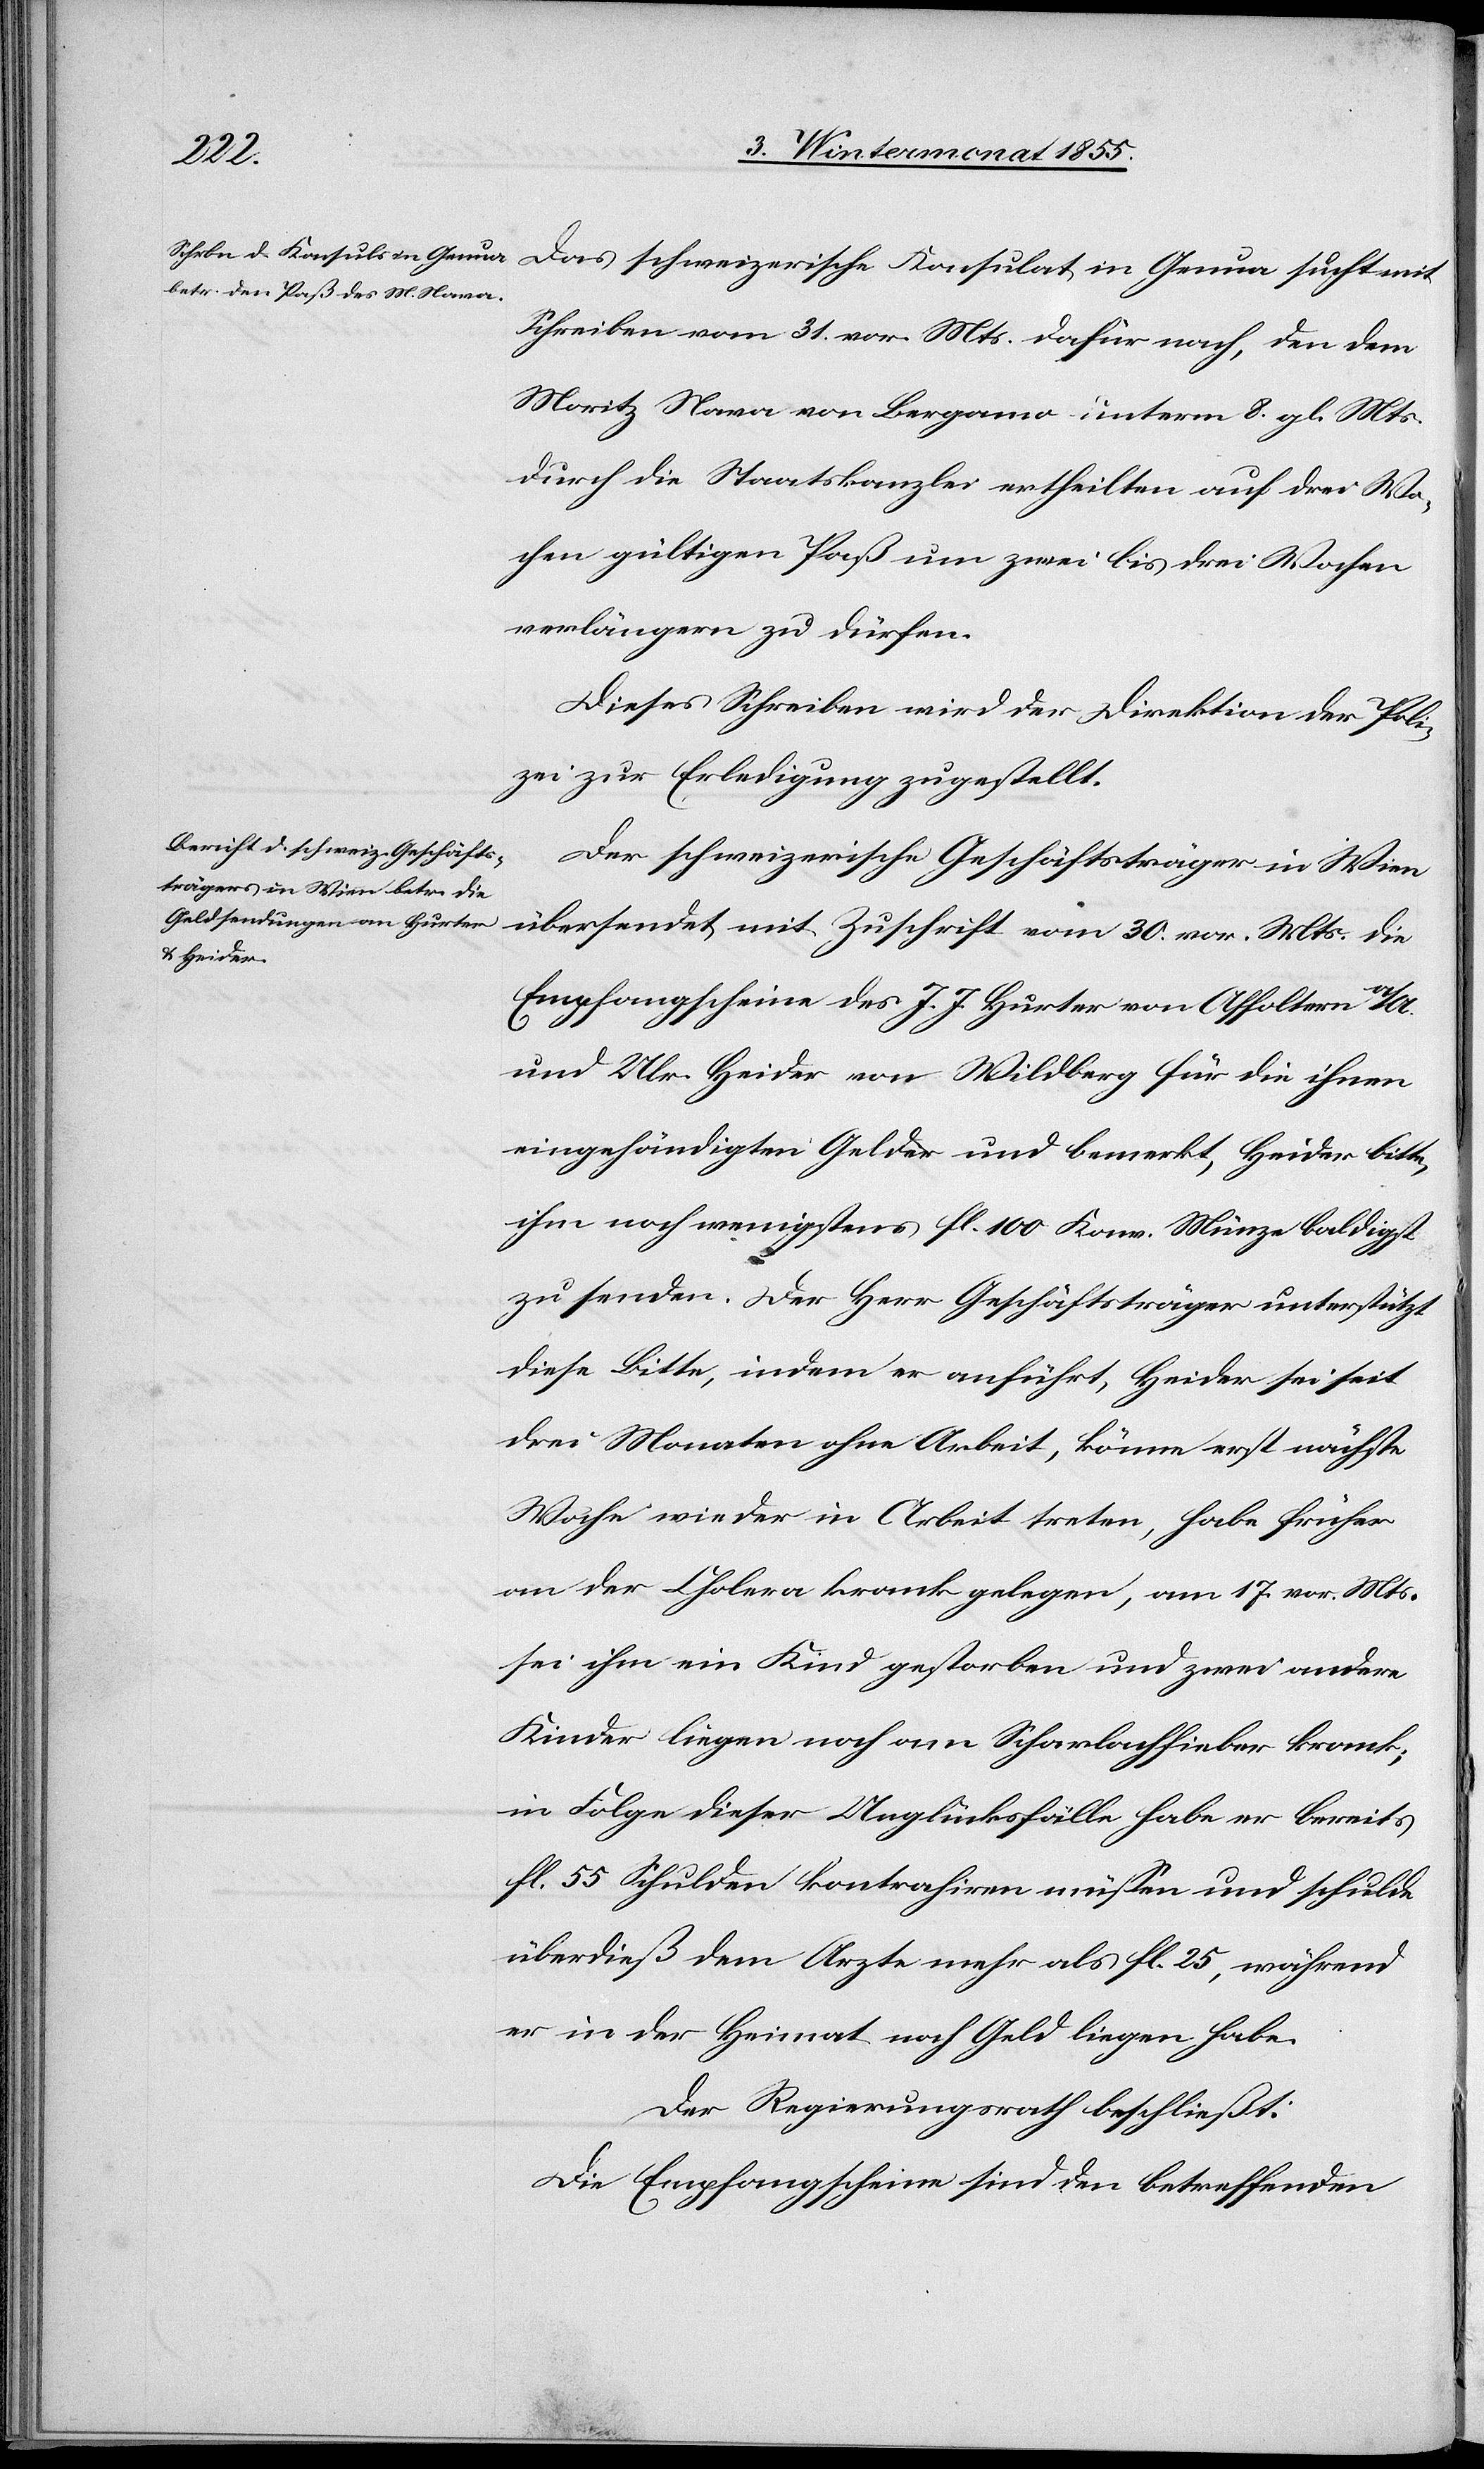
Schreiben vom 31. vor. Mts. dafür nach, den dem
Moritz Nava von Bergamo unterm 8. gl. Mts.
durch die Staatskanzlei ertheilten auf drei Wo¬
chen gültigen Paß um zwei bis drei Wochen
verlängern zu dürfen.
Dieses Schreiben wird der Direktion der Poli¬
zei zur Erledigung zugestellt.
Der schweizerische Geschäftsträger in Wien
übersendet mit Zuschrift vom 30. vor. Mts. die
Empfangscheine des J. J. Hurter von Affoltern a/A.
und Ulr. Heider von Wildberg für die ihnen
eingehändigten Gelder und bemerkt, Heider bitte,
ihm noch wenigstens fl. 100 Konv. Münze baldigst
zu senden. Der Herr Geschäftsträger unterstützt
diese Bitte, indem er anführt, Heider sei seit
drei Monaten ohne Arbeit, könne erst nächste
Woche wieder in Arbeit treten, habe früher
an der Cholera krank gelegen, am 17. vor. Mts.
sei ihm ein Kind gestorben und zwei andere
Kinder liegen noch am Scharlachfieber krank;
in Folge dieser Unglücksfälle habe er bereits
fl. 55 Schulden kontrahiren müssen und schulde
überdieß dem Arzte mehr als fl. 25, während
er in der Heimat noch Geld liegen habe.
Der Regierungsrath beschließt:
Die Empfangscheine sind den betreffenden